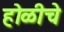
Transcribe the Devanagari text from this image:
होळीचे